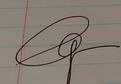
Signature authenticity: genuine